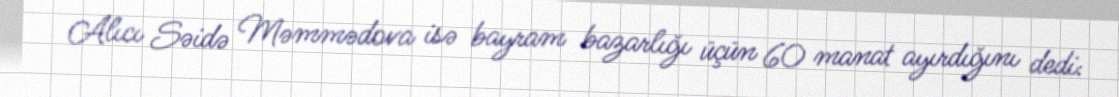
Alıcı Səidə Məmmədova isə bayram bazarlığı üçün 60 manat ayırdığını dedi: